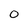
Character: 0